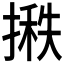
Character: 𪮞